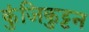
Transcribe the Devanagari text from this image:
कुंजिकुट्टन